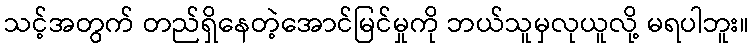
သင့်အတွက် တည်ရှိနေတဲ့အောင်မြင်မှုကို ဘယ်သူမှလုယူလို့ မရပါဘူး။